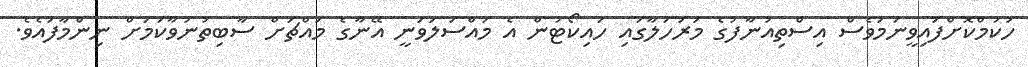
ހުކުމްކޮށްފައިވީނަމަވެސް އިސްތިއުނާފުގެ މަރުހަލާގައި ހައިކޯޓުން އެ މައްސަލަވަނީ އޭނާގެ މައްޗަށް ސާބިތުނުވާކަމަށް ނިންމާފައެވެ.